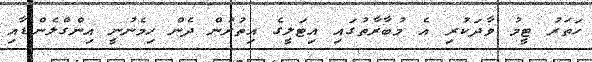
ހަތަރު ޓީމު ވާދަކުރި އެ މުބާރާތުގައި އިޓަލީގެ އިތުރުން ދެން ހިމެނުނީ އިންގްލެންޑާއި